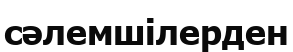
сәлемшілерден